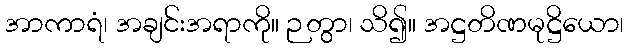
အာကာရံ၊ အချင်းအရာကို။ ဉတွာ၊ သိ၍။ အဋ္ဌတိဏမုဋ္ဌိယော၊